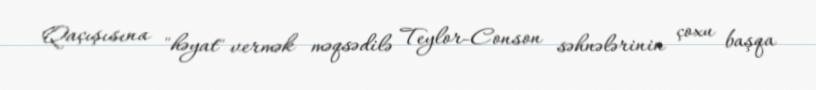
Qaçışısına "həyat" vermək məqsədilə Teylor-Conson səhnələrinin çoxu başqa